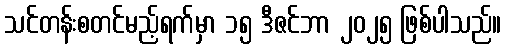
သင်တန်းစတင်မည့်ရက်မှာ ၁၅ ဒီဇင်ဘာ ၂၀၂၅ ဖြစ်ပါသည်။